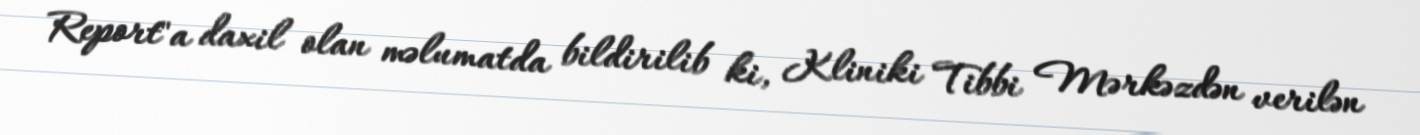
Report"a daxil olan məlumatda bildirilib ki, Kliniki Tibbi Mərkəzdən verilən